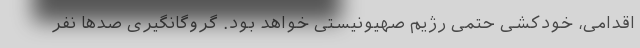
اقدامی، خودکشی حتمی رژیم صهیونیستی خواهد بود. گروگانگیری صدها نفر